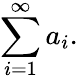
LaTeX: \sum_{i=1}^{\infty}a_{i}.